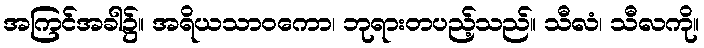
အကြင်အခါ၌။ အရိယသာဝကော၊ ဘုရားတပည့်သည်။ သီလံ၊ သီလကို။